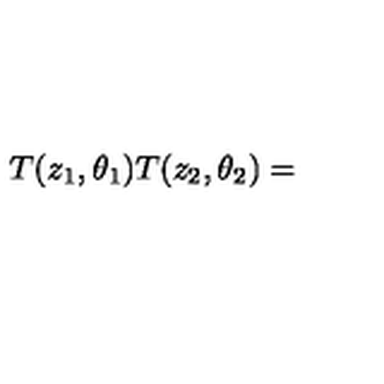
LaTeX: T ( z _ { 1 } , \theta _ { 1 } ) T ( z _ { 2 } , \theta _ { 2 } ) =